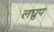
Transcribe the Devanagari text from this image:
लघ्रुप